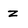
Character: z